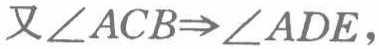
又\(\angle ACB\Rightarrow\angle ADE\)，